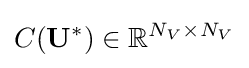
C(\mathbf {U} ^{*})\in \mathbb {R} ^{N_{V}\times N_{V}}